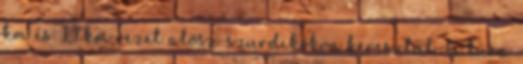
km és 3,1 km vezet alösz-szurdikokon keresztül. A túra